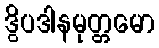
ဒွိပဒါနမုတ္တမော